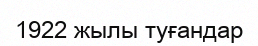
1922 жылы туғандар